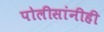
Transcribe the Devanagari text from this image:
पोलीसांनीही